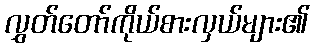
လွှတ်တော်ကိုယ်စားလှယ်များ၏